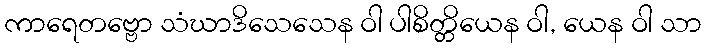
ကာရေတဗ္ဗော သံဃာဒိသေသေန ဝါ ပါစိတ္တိယေန ဝါ, ယေန ဝါ သာ